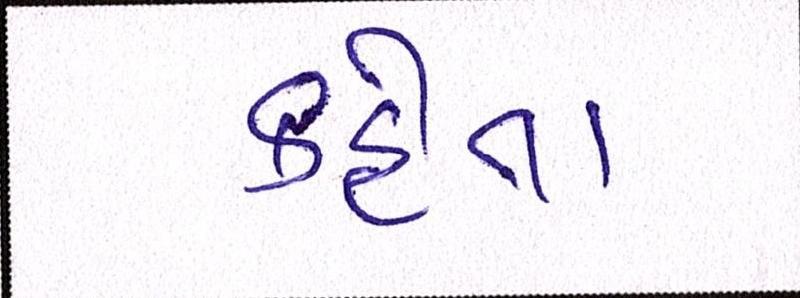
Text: કહેતાં